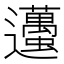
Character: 𨙚